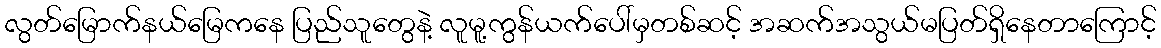
လွတ်မြောက်နယ်မြေကနေ ပြည်သူတွေနဲ့ လူမူ့ကွန်ယက်ပေါ်မှတစ်ဆင့် အဆက်အသွယ်မပြတ်ရှိနေတာကြောင့်